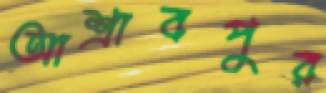
আশ্রাবপুর